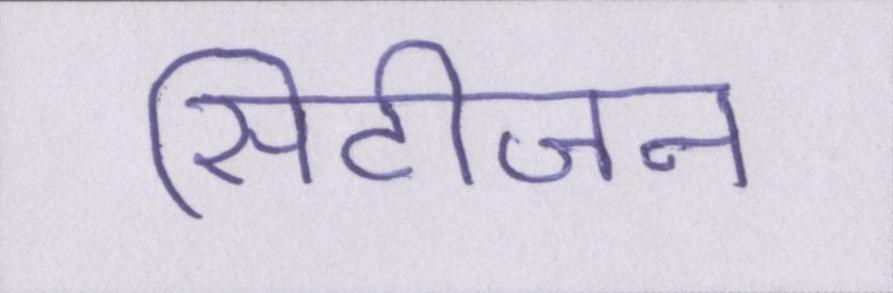
सिटीजन